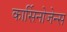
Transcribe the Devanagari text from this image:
कार्सिनोजेन्स